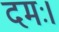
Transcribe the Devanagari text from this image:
दमः।